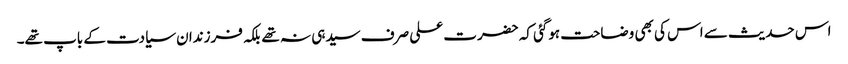
اس حدیث سے اس کی بھی وضاحت ہوگئی کہ حضرت علی صرف سیدہی نہ تھے بلکہ فرزندان سیادت کے باپ تھے۔